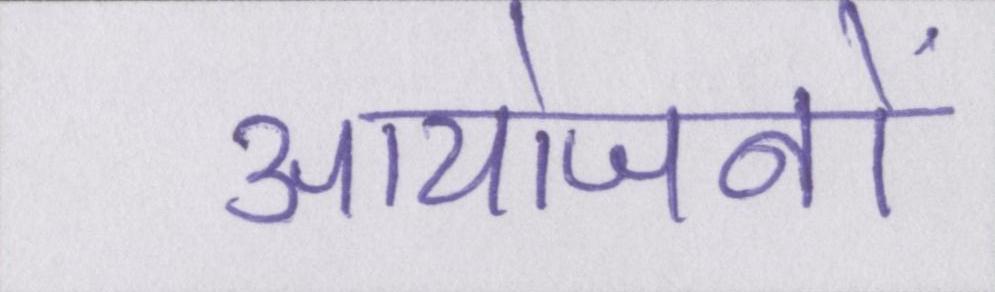
आयोजनों